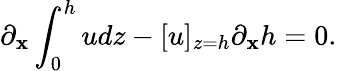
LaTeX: \partial_{\mathbf{x}}\int_{0}^{h}udz-[u]_{z=h}\partial_{\mathbf{x}}h=0.